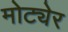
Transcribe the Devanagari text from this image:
मोट्येर